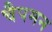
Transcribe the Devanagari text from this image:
चैपमन